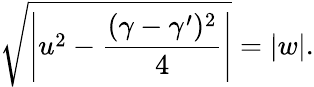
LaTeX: \sqrt{\left|u^{2}-\frac{(\gamma-\gamma^{\prime})^{2}}{4}\right|}=\vert w\vert.